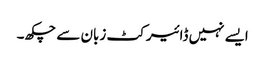
ایسے نہیں ڈائیرکٹ زبان سے چکھ۔